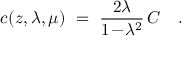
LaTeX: c ( z , \lambda , \mu ) ~ = ~ { \frac { 2 \lambda } { 1 \! - \! \lambda ^ { 2 } } } \, C ~ ~ ~ .